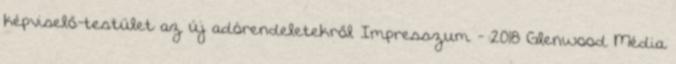
képviselő-testület az új adórendeletekről Impresszum - 2018 Glenwood Média